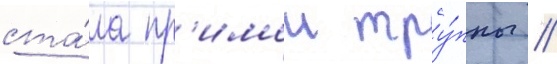
ста́ла пр'имои тру́ппы //